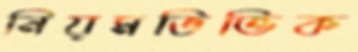
নিয়মভিত্তিক